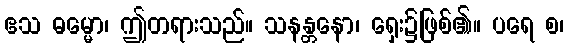
ဧသ ဓမ္မော၊ ဤတရားသည်။ သနန္တနော၊ ရှေး၌ဖြစ်၏။ ပရေ စ၊